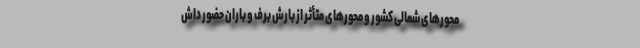
محور‌های شمالی کشور و محور‌های متأثر از بارش برف و باران حضور داش